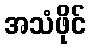
အသံဖိုင်